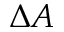
\Delta A